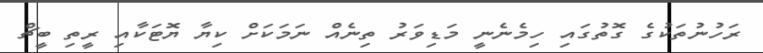
ރަހުނުތަކުގެ ގޮތުގައި ހިމެނެނީ މަޑިވަރު ތިނެއް ނަމަކަށް ކިޔާ ޔޮޓަކާއި ރީތި ބީޗް